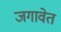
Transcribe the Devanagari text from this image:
जगावेत